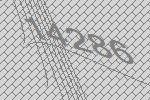
14286